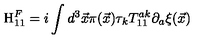
\mathrm { H } _ { 1 1 } ^ { F } = i \int d ^ { 3 } { \vec { x } } \pi ( { \vec { x } } ) \tau _ { k } T _ { 1 1 } ^ { a k } \partial _ { a } { \xi } ( \vec { x } )